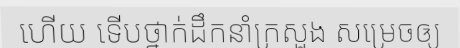
ហើយ ទើបថ្នាក់ដឹកនាំក្រសួង សម្រេចឲ្យ